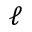
\ell